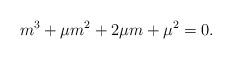
LaTeX: \begin{align*}m^3+\mu m^2+2\mu m+\mu^2=0.\end{align*}